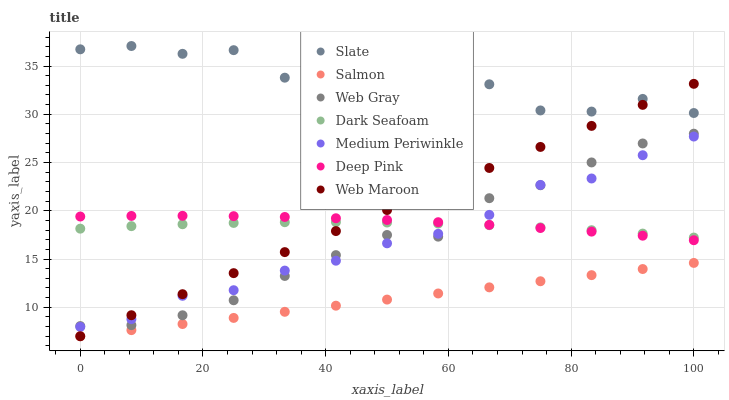
| xaxis_label | Slate | Salmon | Web Gray | Dark Seafoam | Medium Periwinkle | Deep Pink | Web Maroon |
 | --- | --- | --- | --- | --- | --- | --- | --- |
 | 0 | 36.7 | 7 | 8.06 | 18.1 | 7.97 | 19.4 | 7 |
 | 8.33 | 37.1 | 7.63 | 8.15 | 18.4 | 8.77 | 19.5 | 9.18 |
 | 16.7 | 36.3 | 8.27 | 9.17 | 18.6 | 11.2 | 19.5 | 11.4 |
 | 25 | 36.6 | 8.9 | 10.7 | 18.7 | 11.8 | 19.4 | 13.5 |
 | 33.3 | 33.8 | 9.53 | 13.2 | 18.8 | 13.8 | 19.4 | 15.7 |
 | 41.7 | 35.6 | 10.2 | 15.4 | 18.8 | 14.8 | 19.2 | 17.9 |
 | 50 | 33 | 10.8 | 17.5 | 18.8 | 16.6 | 19 | 20.1 |
 | 58.3 | 34.5 | 11.4 | 17.3 | 18.7 | 17.6 | 18.8 | 22.3 |
 | 66.7 | 33.1 | 12.1 | 21.3 | 18.5 | 19.6 | 18.5 | 24.4 |
 | 75 | 30.4 | 12.7 | 22.6 | 18.3 | 22.7 | 18.2 | 26.6 |
 | 83.3 | 30.3 | 13.3 | 25 | 18 | 23.3 | 17.8 | 28.8 |
 | 91.7 | 31.6 | 14 | 27 | 17.6 | 25.8 | 17.4 | 31 |
 | 100 | 30.1 | 14.6 | 28 | 17.2 | 27.7 | 17 | 33.2 |